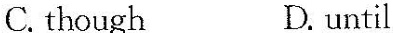
C. though D. until